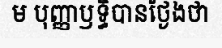
ម បុញ្ញាឫទ្ធិបានថ្ងែងថា